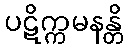
ပဋိက္ကမနန္တိ